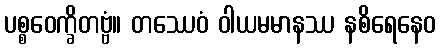
ပစ္စဝေက္ခိတဗ္ဗံ။ တဿေဝံ ဝါယမမာနဿ နစိရေနေဝ